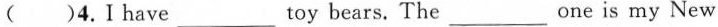
( ） 4. I have___toy bears.The___ one is my New